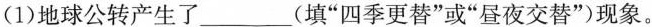
(1)地球公转产生了___(填“四季更替”或“昼夜交替”)现象。